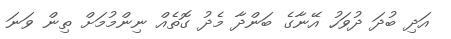
އަދި ބުދަ ދުވަހު އޭނާގެ ބަންދާ މެދު ގޮތެއް ނިންމުމަށް ތިން ވަނަ